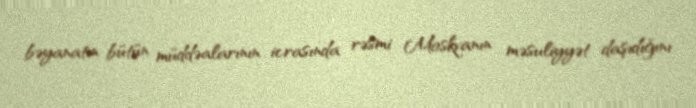
bəyanatın bütün müddəalarının icrasında rəsmi Moskvanın məsuliyyət daşıdığını